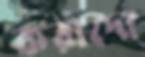
করাদো